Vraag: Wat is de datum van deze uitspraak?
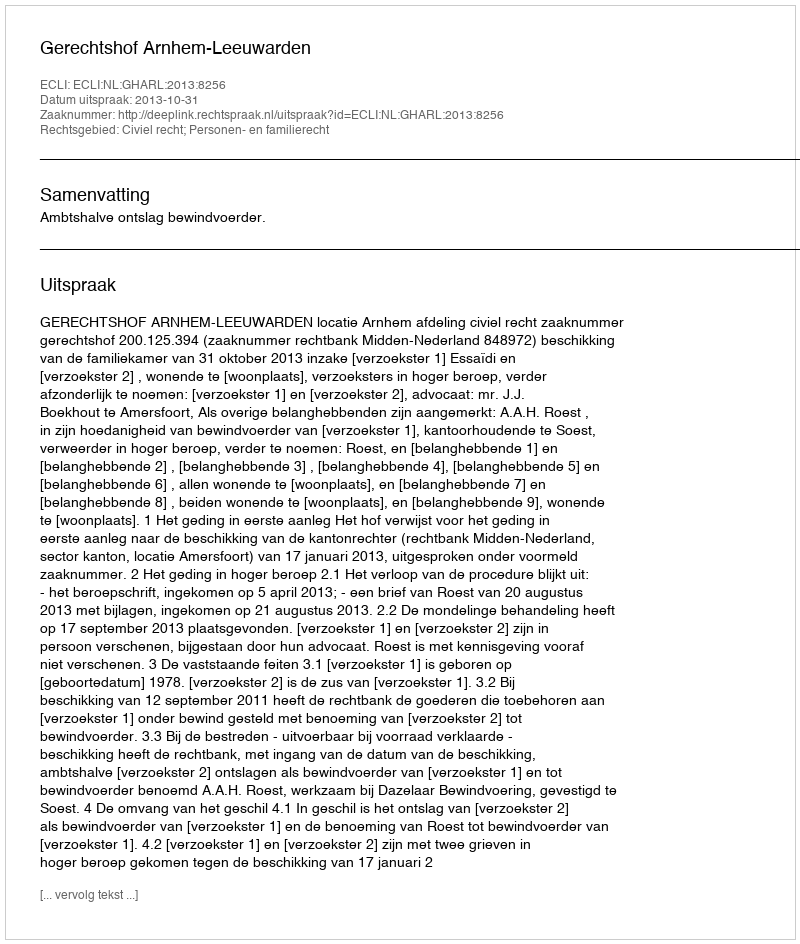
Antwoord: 2013-10-31